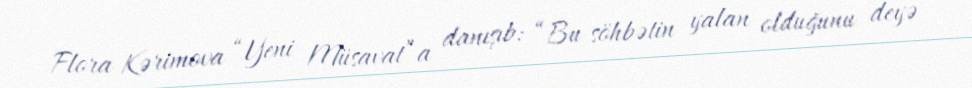
Flora Kərimova “Yeni Müsavat”a danışıb: “Bu söhbətin yalan olduğunu deyə